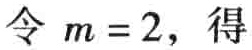
令 \(m = 2\)，得